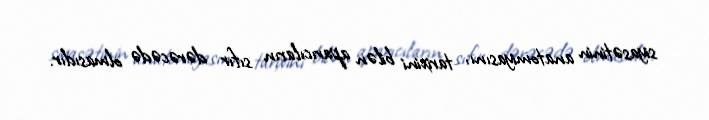
siyasətinin anatomiyasını, tarixini bilən aparıcıların sıfır dərəcədə olmasıdır.